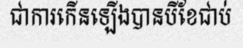
ជាការកើនឡើងបានបីខែជាប់